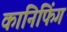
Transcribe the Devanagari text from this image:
कानिफिंग